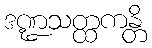
ဒဏ္ဍသတ္ထကန္တိ